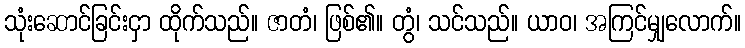
သုံးဆောင်ခြင်းငှာ ထိုက်သည်။ ဇာတံ၊ ဖြစ်၏။ တွံ၊ သင်သည်။ ယာဝ၊ အကြင်မျှလောက်။